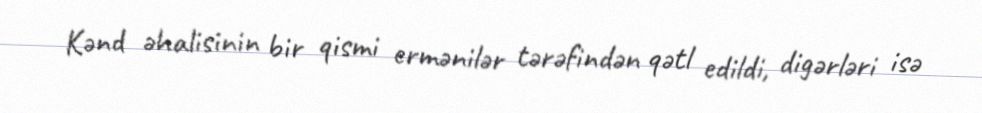
Kənd əhalisinin bir qismi ermənilər tərəfindən qətl edildi, digərləri isə